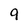
Character: 9